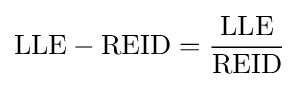
\mathrm {LLE} -\mathrm {REID} ={\frac {\mathrm {LLE} }{\mathrm {REID} }}